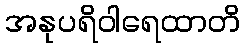
အနုပရိဝါရေထာတိ